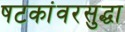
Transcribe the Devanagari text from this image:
षटकांवरसुद्धा